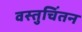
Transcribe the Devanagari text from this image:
वस्तुचिंतन